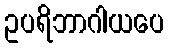
ဥပရိဘာဂါယပေ